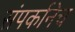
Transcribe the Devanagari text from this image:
संपर्कानेच